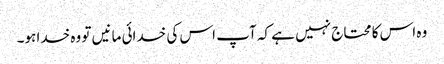
وہ اس کا محتاج نہیں ہے کہ آپ اس کی خدائی مانیں تو وہ خدا ہو۔